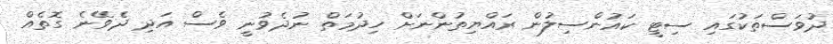
ދުވަސްތަކުގައި ސިޓީ ކައުންސިލުން ރައްޔިތުންނަށް ހިދުމަތް ނުދެވުނީ ވެސް އަދި ދެވޭނެ ގޮތެއް